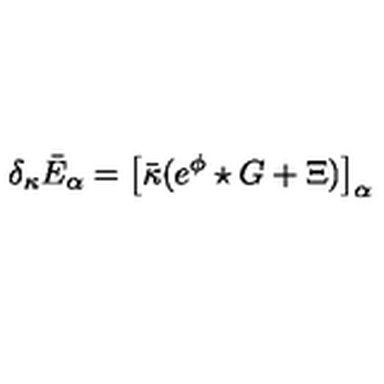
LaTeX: \delta _ { \kappa } \bar { E } _ { \alpha } = \big [ \bar { \kappa } ( e ^ { \phi } \star G + \Xi ) \big ] _ { \alpha }